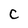
Character: C